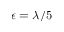
\epsilon = \lambda / 5